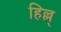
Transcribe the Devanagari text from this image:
हिल्ल्